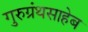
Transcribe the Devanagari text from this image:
गुरुग्रंथसाहेब